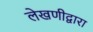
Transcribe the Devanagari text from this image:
लेखणीद्वारा